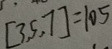
[ 3 , 5 , 7 ] = 1 0 5